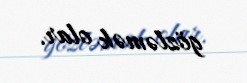
gözləmək olar.